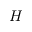
H